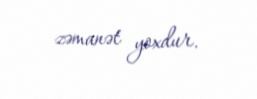
zəmanət yoxdur.